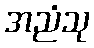
အညံသု